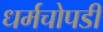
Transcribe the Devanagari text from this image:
धर्मचोपडी